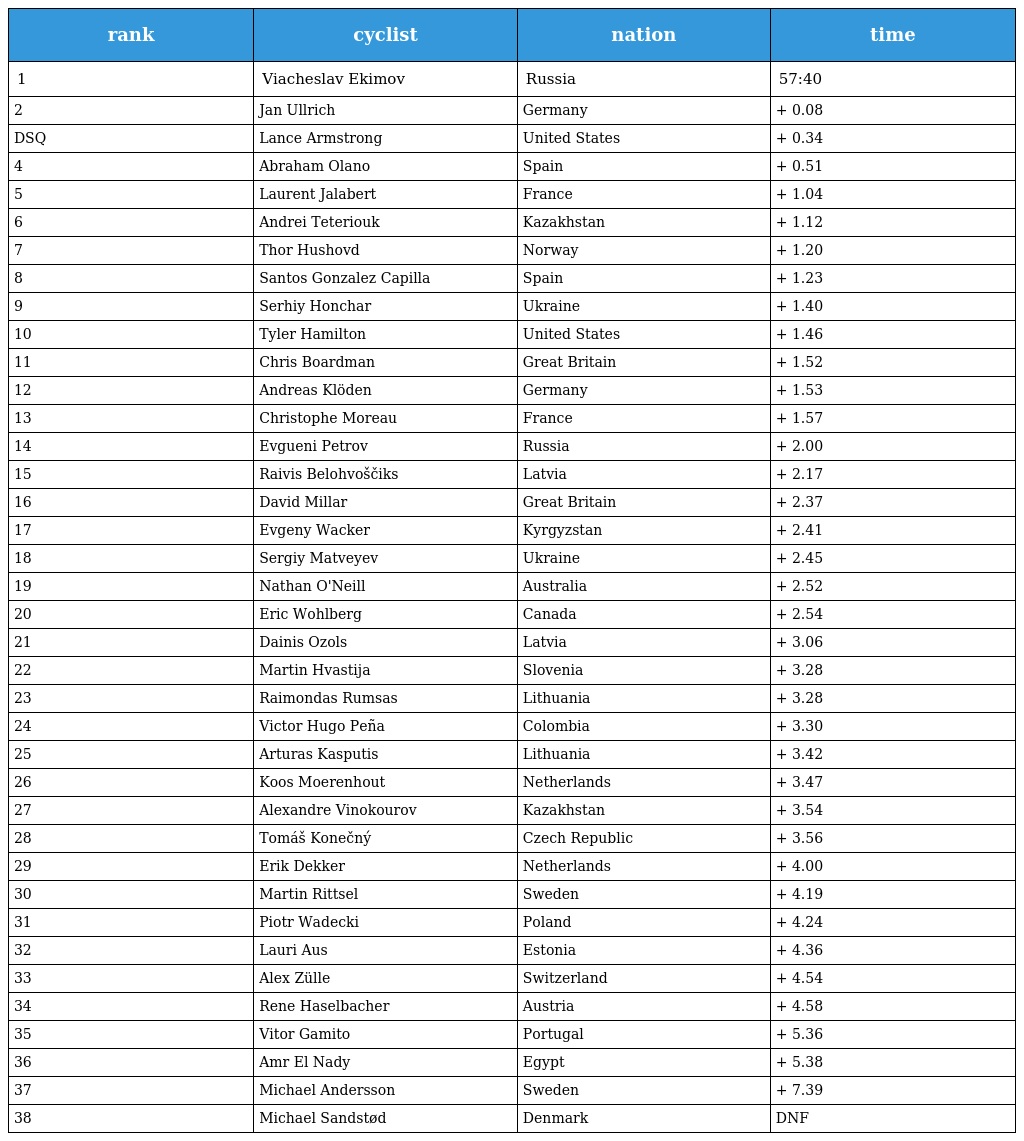
| rank | cyclist | nation | time |
 | --- | --- | --- | --- |
 | 1 | Viacheslav Ekimov | Russia | 57:40 |
 | 2 | Jan Ullrich | Germany | + 0.08 |
 | DSQ | Lance Armstrong | United States | + 0.34 |
 | 4 | Abraham Olano | Spain | + 0.51 |
 | 5 | Laurent Jalabert | France | + 1.04 |
 | 6 | Andrei Teteriouk | Kazakhstan | + 1.12 |
 | 7 | Thor Hushovd | Norway | + 1.20 |
 | 8 | Santos Gonzalez Capilla | Spain | + 1.23 |
 | 9 | Serhiy Honchar | Ukraine | + 1.40 |
 | 10 | Tyler Hamilton | United States | + 1.46 |
 | 11 | Chris Boardman | Great Britain | + 1.52 |
 | 12 | Andreas Klöden | Germany | + 1.53 |
 | 13 | Christophe Moreau | France | + 1.57 |
 | 14 | Evgueni Petrov | Russia | + 2.00 |
 | 15 | Raivis Belohvoščiks | Latvia | + 2.17 |
 | 16 | David Millar | Great Britain | + 2.37 |
 | 17 | Evgeny Wacker | Kyrgyzstan | + 2.41 |
 | 18 | Sergiy Matveyev | Ukraine | + 2.45 |
 | 19 | Nathan O'Neill | Australia | + 2.52 |
 | 20 | Eric Wohlberg | Canada | + 2.54 |
 | 21 | Dainis Ozols | Latvia | + 3.06 |
 | 22 | Martin Hvastija | Slovenia | + 3.28 |
 | 23 | Raimondas Rumsas | Lithuania | + 3.28 |
 | 24 | Victor Hugo Peña | Colombia | + 3.30 |
 | 25 | Arturas Kasputis | Lithuania | + 3.42 |
 | 26 | Koos Moerenhout | Netherlands | + 3.47 |
 | 27 | Alexandre Vinokourov | Kazakhstan | + 3.54 |
 | 28 | Tomáš Konečný | Czech Republic | + 3.56 |
 | 29 | Erik Dekker | Netherlands | + 4.00 |
 | 30 | Martin Rittsel | Sweden | + 4.19 |
 | 31 | Piotr Wadecki | Poland | + 4.24 |
 | 32 | Lauri Aus | Estonia | + 4.36 |
 | 33 | Alex Zülle | Switzerland | + 4.54 |
 | 34 | Rene Haselbacher | Austria | + 4.58 |
 | 35 | Vitor Gamito | Portugal | + 5.36 |
 | 36 | Amr El Nady | Egypt | + 5.38 |
 | 37 | Michael Andersson | Sweden | + 7.39 |
 | 38 | Michael Sandstød | Denmark | DNF |